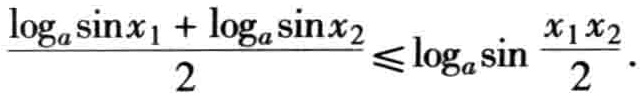
\(\frac{\log_{a}\sin x_{1}+\log_{a}\sin x_{2}}{2}\leqslant\log_{a}\sin\frac{x_{1}x_{2}}{2}\)